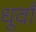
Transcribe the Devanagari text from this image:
धूवाँ